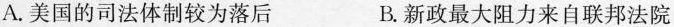
A.美国的司法体制较为落后 B.新政最大阻力来自联邦法院